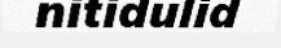
nitidulid